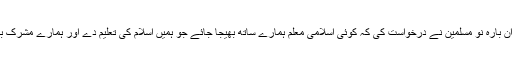
مکہ سے رخصت ہوتے ہوئے ان بارہ نَو مسلمین نے درخواست کی کہ کوئی اسلامی معلم ہمارے ساتھ بھیجا جائے جو ہمیں اسلام کی تعلیم دے اور ہمارے مشرک بھائیوں کو اسلام کی تبلیغ کرے۔